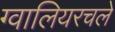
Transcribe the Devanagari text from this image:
ग्वालियरचले